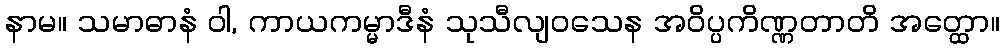
နာမ။ သမာဓာနံ ဝါ, ကာယကမ္မာဒီနံ သုသီလျဝသေန အဝိပ္ပကိဏ္ဏတာတိ အတ္ထော။